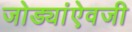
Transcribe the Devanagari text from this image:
जोड्यांऐवजी